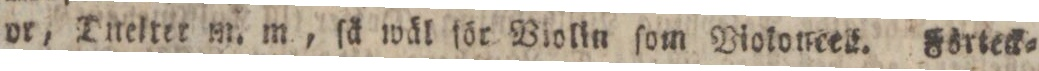
Or, Direlter m. m., ſå wäl för Violin ſom Viotoneet. Förteck=